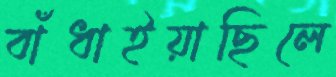
বাঁধাইয়াছিলে